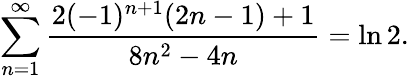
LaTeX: \sum_{n=1}^{\infty}{\frac{2(-1)^{n+1}(2n-1)+1}{8n^{2}-4n}}=\ln 2.